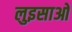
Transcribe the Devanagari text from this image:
लुइसाओ